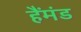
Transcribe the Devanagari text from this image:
हैंमंड